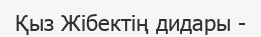
Қыз Жібектің дидары -